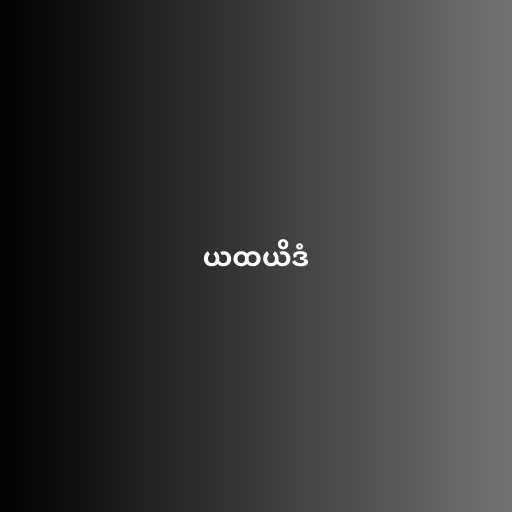
ယထယိဒံ